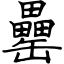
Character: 罍